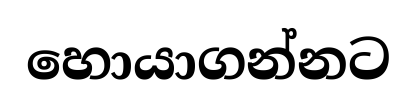
හොයාගන්නට